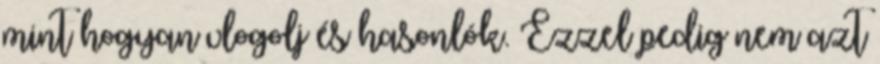
mint hogyan vlogolj és hasonlók. Ezzel pedig nem azt